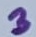
Text: 3